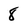
Character: 8